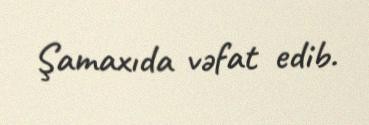
Şamaxıda vəfat edib.